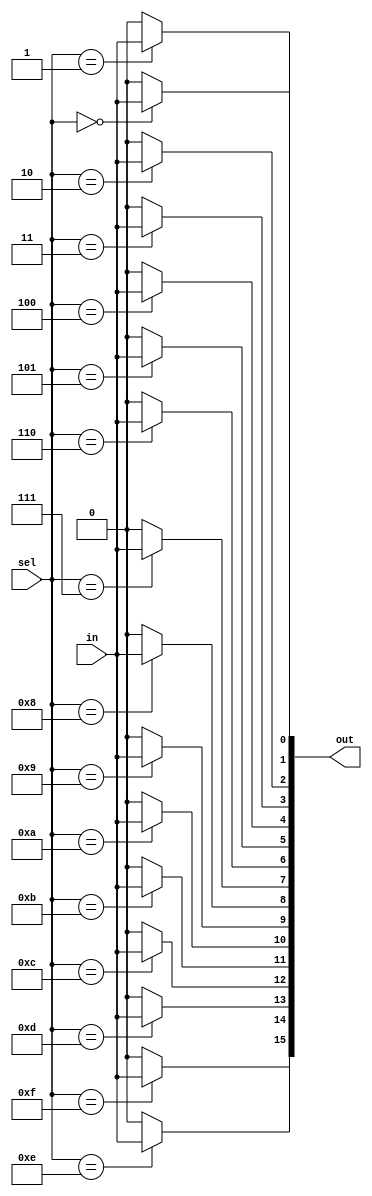
module demux1_N(in,sel,out);
parameter N=16;

input in;
input [$clog2(N)-1:0] sel;
output [N-1:0] out;



genvar i;
generate for(i=0; i<N; i=i+1)
    begin
    assign out[i]= (sel==i)?in:1'b0;
end 
endgenerate

endmodule